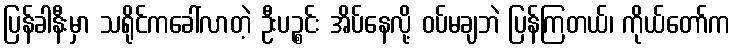
ပြန်ခါနီးမှာ သရိုင်ကခေါ်လာတဲ့ ဦးပဉ္စင်း အိပ်နေလို့ ဝပ်မချဘဲ ပြန်ကြတယ်၊ ကိုယ်တော်က